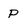
Character: P